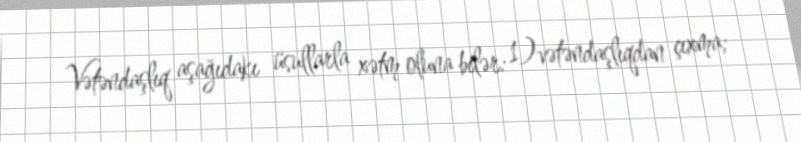
Vətəndaşlıq aşağıdakı üsullarla xətm oluna bilər: 1)vətəndaşlıqdan çıxma;